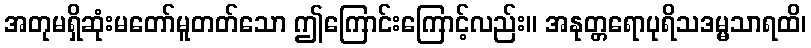
အတုမရှိဆုံးမတော်မူတတ်သော ဤကြောင်းကြောင့်လည်း။ အနုတ္တရောပုရိသဒမ္မသာရထိ၊